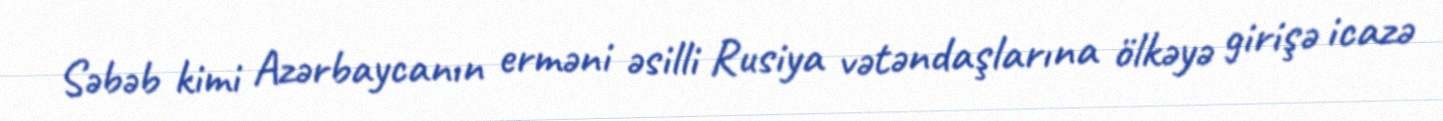
Səbəb kimi Azərbaycanın erməni əsilli Rusiya vətəndaşlarına ölkəyə girişə icazə